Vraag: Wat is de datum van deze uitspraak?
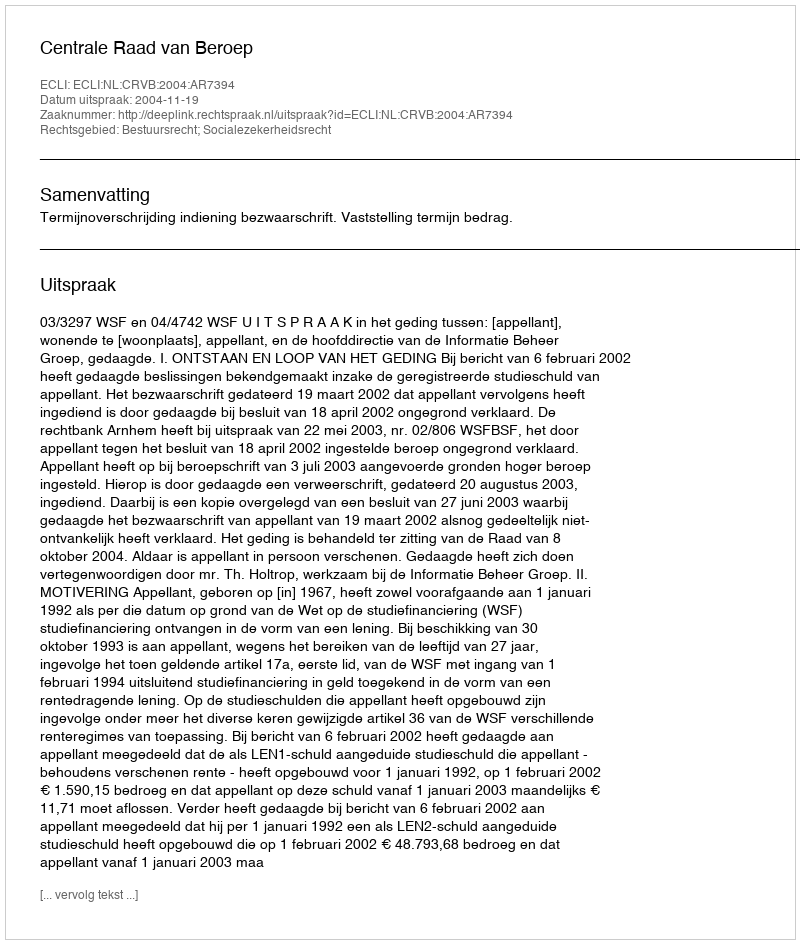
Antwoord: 2004-11-19